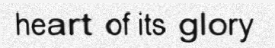
heart of its glory